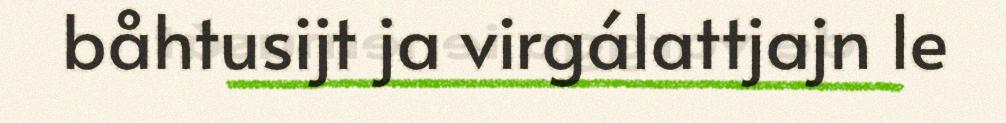
båhtusijt ja virgálattjajn le